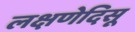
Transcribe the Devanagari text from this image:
लक्षणेदिसू